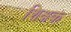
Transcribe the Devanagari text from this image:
शिक्षक